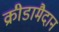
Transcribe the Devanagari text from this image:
क्रीडामैदान